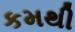
કમથી